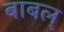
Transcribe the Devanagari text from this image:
बाबल्